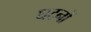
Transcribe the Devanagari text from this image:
घटनों